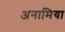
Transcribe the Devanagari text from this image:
अनामिया